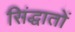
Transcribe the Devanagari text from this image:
सिंद्धातों